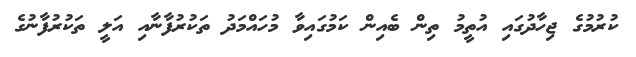
ކުރުމުގެ ޖިހާދުގައި އުތީމު ތިން ބެއިން ކަމުގައިވާ މުހައްމަދު ތަކުރުފާނާއި އަލީ ތަކުރުފާނުގެ